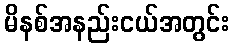
မိနစ်အနည်းငယ်အတွင်း